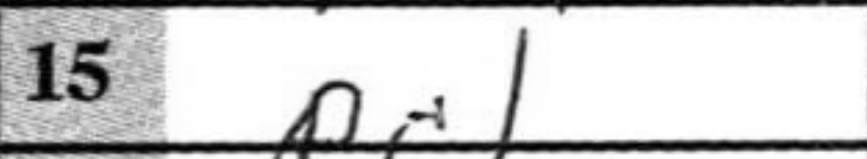
Transcription: Rc1